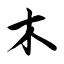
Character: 木